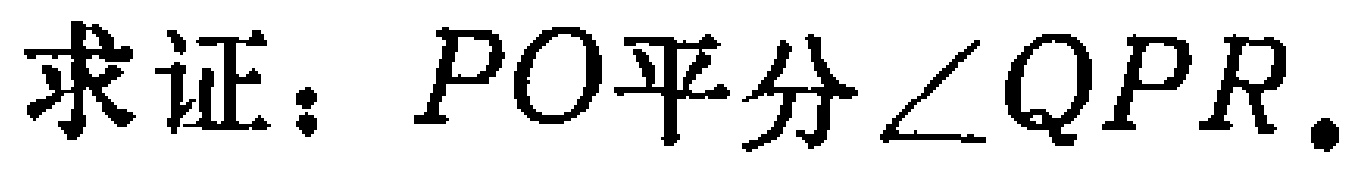
求证：$PO平分\angle QPR.$